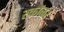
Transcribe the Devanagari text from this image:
स्कॉळर